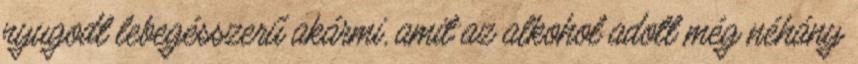
nyugodt lebegésszerű akármi, amit az alkohol adott még néhány